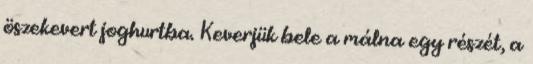
öszekevert joghurtba. Keverjük bele a málna egy részét, a